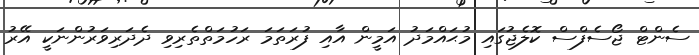
ސެންޓް ޖޯސެފްސް ކޮލެޖުގައި މުޙައްމަދު އަމީން އާއި ފުރަތަމަ ރަހުމަތްތެރިވި ދެދަރިވަރުންނަކީ އޭރު